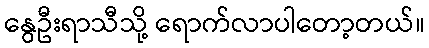
နွေဦးရာသီသို့ ရောက်လာပါတော့တယ်။